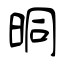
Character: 晍